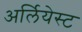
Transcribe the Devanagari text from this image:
अर्लियेस्ट